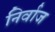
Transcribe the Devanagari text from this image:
निर्वाज